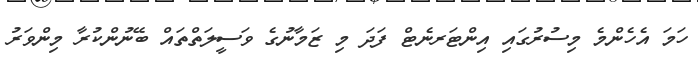
ހަމަ އެހެންމެ މިސުރުގައި އިންޓަރނެޓް ފަދަ މި ޒަމާނުގެ ވަސީލަތްތައް ބޭނުންކުރާ މިންވަރު